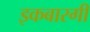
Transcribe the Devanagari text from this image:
इकबारगी